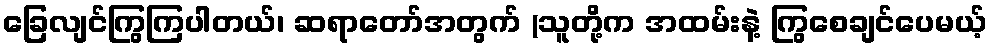
ခြေလျင်ကြွကြပါတယ်၊ ဆရာတော်အတွက် (သူတို့က အထမ်းနဲ့ ကြွစေချင်ပေမယ့်